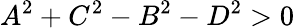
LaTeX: A^{2}+C^{2}-B^{2}-D^{2}>0